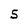
Character: 5